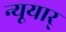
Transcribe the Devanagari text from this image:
न्यूयार्